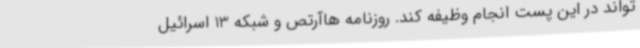
‌تواند در این پست انجام وظیفه کند. روزنامه هاآرتص و شبکه 13 اسرائیل